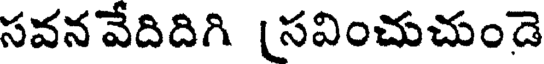
సవన వేదిదిగి [సవించుచుండె